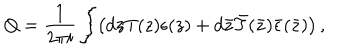
LaTeX: Q = \frac { 1 } { 2 \pi i } \int \! \left( d z T ( z ) \epsilon ( z ) + d \bar { z } \bar { T } ( \bar { z } ) \bar { \epsilon } ( \bar { z } ) \right) ,